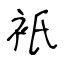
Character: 衹